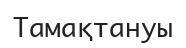
Тамақтануы